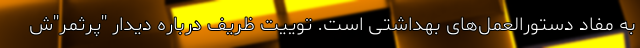
به مفاد دستورالعمل‌های بهداشتی است. توییت ظریف درباره دیدار ''پرثمر''ش